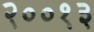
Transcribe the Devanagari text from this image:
२००१३